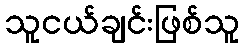
သူငယ်ချင်းဖြစ်သူ